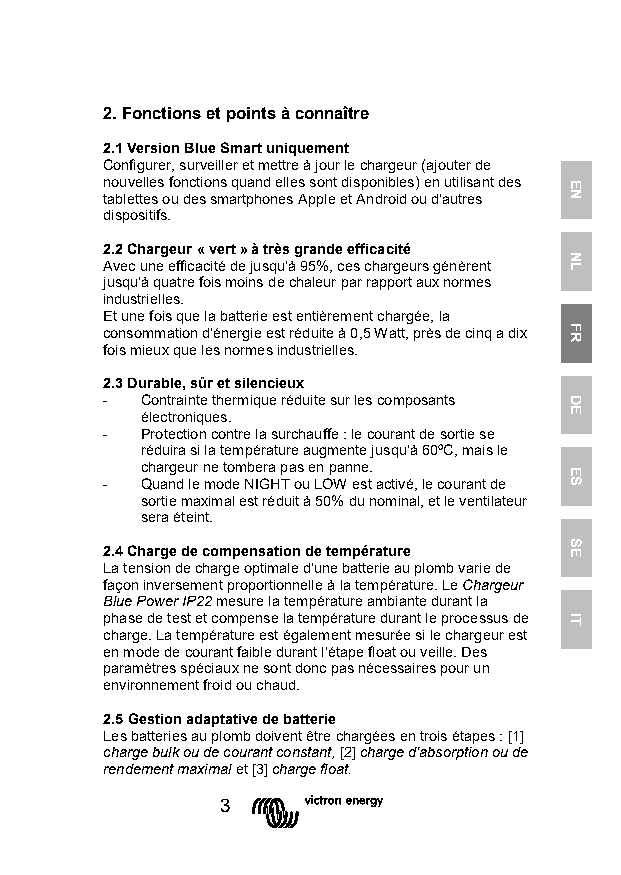
2. Fonctions et points à connaître
 2.1 Version Blue Smart uniquement
 Configurer, surveiller et mettre à jour le chargeur (ajouter de
 nouvelles fonctions quand elles sont disponibles) en utilisant des
 tablettes ou des smartphones Apple et Android ou d'autres
 dispositifs.
 2.2 Chargeur « vert » à très grande efficacité
 Avec une efficacité de jusqu'à 95%, ces chargeurs génèrent
 jusqu'à quatre fois moins de chaleur par rapport aux normes
 industrielles.
 Et une fois que la batterie est entièrement chargée, la
 consommation d'énergie est réduite à 0,5 Watt, près de cinq a dix
 fois mieux que les normes industrielles.
 2.3 Durable, sûr et silencieux
 - Contrainte thermique réduite sur les composants
 électroniques.
 - Protection contre la surchauffe : le courant de sortie se
 réduira si la température augmente jusqu'à 60ºC, mais le
 chargeur ne tombera pas en panne.
 - Quand le mode NIGHT ou LOW est activé, le courant de
 sortie maximal est réduit à 50% du nominal, et le ventilateur
 sera éteint.
 2.4 Charge de compensation de température
 La tension de charge optimale d'une batterie au plomb varie de
 façon inversement proportionnelle à la température. Le Chargeur
 Blue Power IP22 mesure la température ambiante durant la
 phase de test et compense la température durant le processus de
 charge. La température est également mesurée si le chargeur est
 en mode de courant faible durant l'étape float ou veille. Des
 paramètres spéciaux ne sont donc pas nécessaires pour un
 environnement froid ou chaud.
 2.5 Gestion adaptative de batterie
 Les batteries au plomb doivent être chargées en trois étapes : [1]
 charge bulk ou de courant constant, [2] charge d'absorption ou de
 rendement maximal et [3] charge float.
 3
 EN
 NL
 FR
 DE
 ES
 SE
 IT